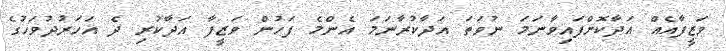
ވަޒީފާއެއް އަދާކޮށްފައިވާނަމަ ނުވަތަ އަދާކުރާނަމަ އެންމެ ފަހުން ވަޒީފާ އަދާކުރި ދެ އަހަރުދުވަހުގެ